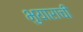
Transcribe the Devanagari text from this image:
भुयाराची